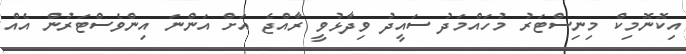
އިކޮނޮމިކް މިނިސްޓަރު މުހައްމަދު ސައީދު ވިދާޅުވީ ރާއްޖެ އަށް އަންނަ އިންވެސްޓަރުން އެއް